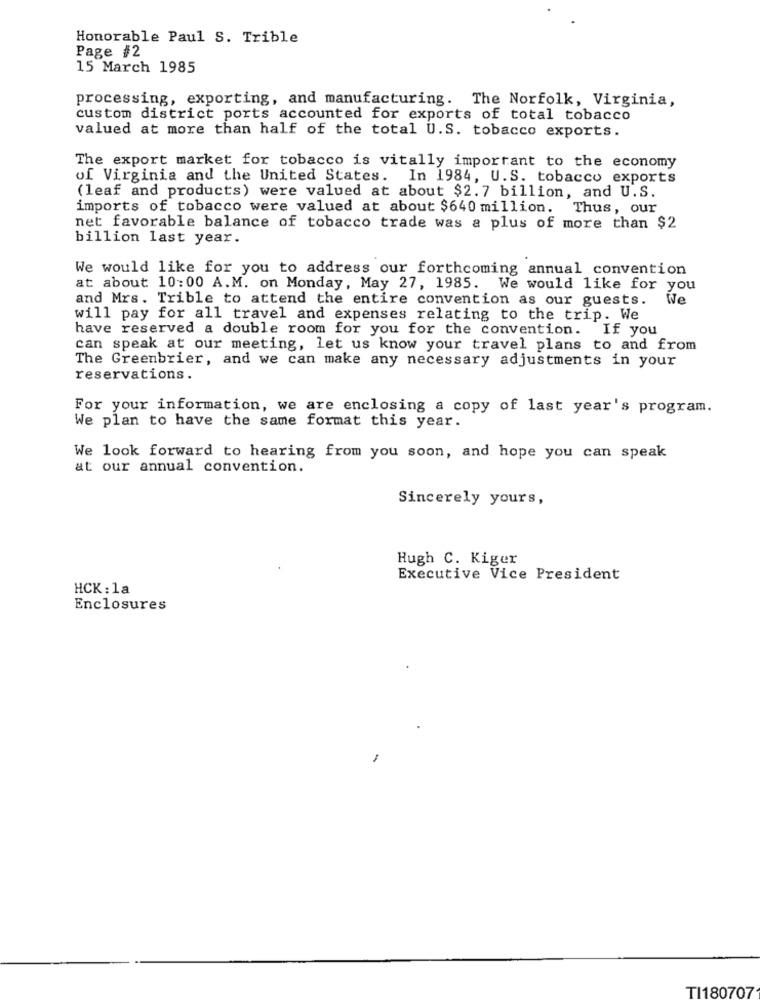
Honorable Paul S. Trible
Page #2
15 March 1985
processing, exporting, and manufacturing. The Norfolk, Virginia,
custom district ports accounted for exports of total tobacco
valued at more than half of the total U.S. tobacco exports.
The export market for tobacco is vitally important to the economy
of Virginia and the United States. In 1984, U.S. tobacco exports
(leaf and products) were valued at about $2.7 billion, and U.S.
imports of tobacco were valued at about $640 million. Thus, our
net favorable balance of tobacco trade was a plus of more than $2
billion last year.
We would like for you to address our forthcoming annual convention
at about 10:00 A.M. on Monday, May 27, 1985. We would like for you
and Mrs. Trible to attend the entire convention as our guests.
We
will pay for all travel and expenses relating to the trip. We
have reserved a double room for you for the convention. If you
can speak at our meeting, let us know your travel plans to and from
The Greenbrier, and we can make any necessary adjustments in your
reservations.
For your information, we are enclosing a copy of last year's program.
We plan to have the same format this year.
We look forward to hearing from you soon, and hope you can speak
at our annual convention.
Sincerely yours,
Hugh C. Kiger
Executive Vice President
HCK : 1a
Enclosures
TI180707